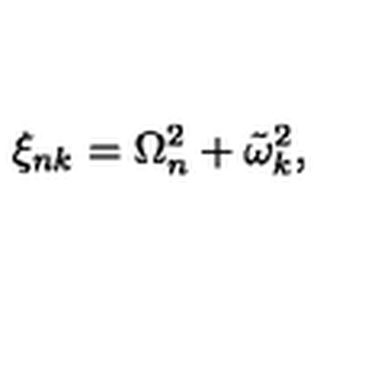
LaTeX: \xi _ { n k } = \Omega _ { n } ^ { 2 } + \tilde { \omega } _ { k } ^ { 2 } ,